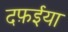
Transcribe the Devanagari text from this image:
दफ़ईया